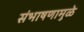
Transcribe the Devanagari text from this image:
संभाषणामुळे